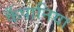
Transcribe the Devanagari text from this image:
कँपानिया